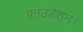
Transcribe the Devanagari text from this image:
फाउंडेशन।